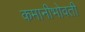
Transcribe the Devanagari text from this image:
कमानीभोवती